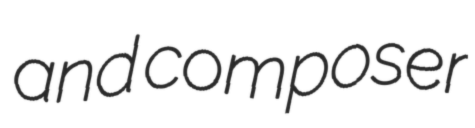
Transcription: and composer